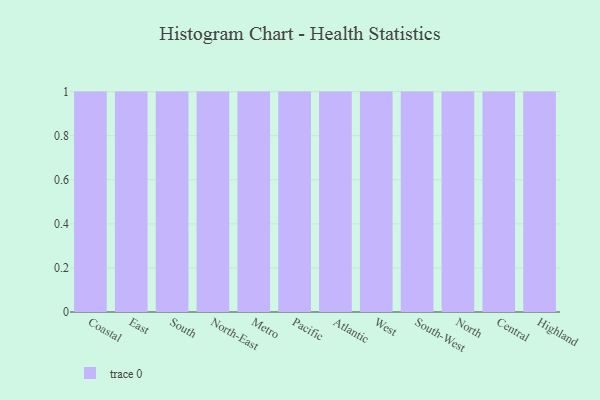
{"axis": {"x": "Region", "y": "Latency (ms)"}, "legend": [""], "data": [{"x": "Coastal", "y": 55, "type": ""}, {"x": "East", "y": 95, "type": ""}, {"x": "South", "y": 44, "type": ""}, {"x": "North-East", "y": 95, "type": ""}, {"x": "Metro", "y": 57, "type": ""}, {"x": "Pacific", "y": 41, "type": ""}, {"x": "Atlantic", "y": 13, "type": ""}, {"x": "West", "y": 22, "type": ""}, {"x": "South-West", "y": 91, "type": ""}, {"x": "North", "y": 67, "type": ""}, {"x": "Central", "y": 59, "type": ""}, {"x": "Highland", "y": 4, "type": ""}]}